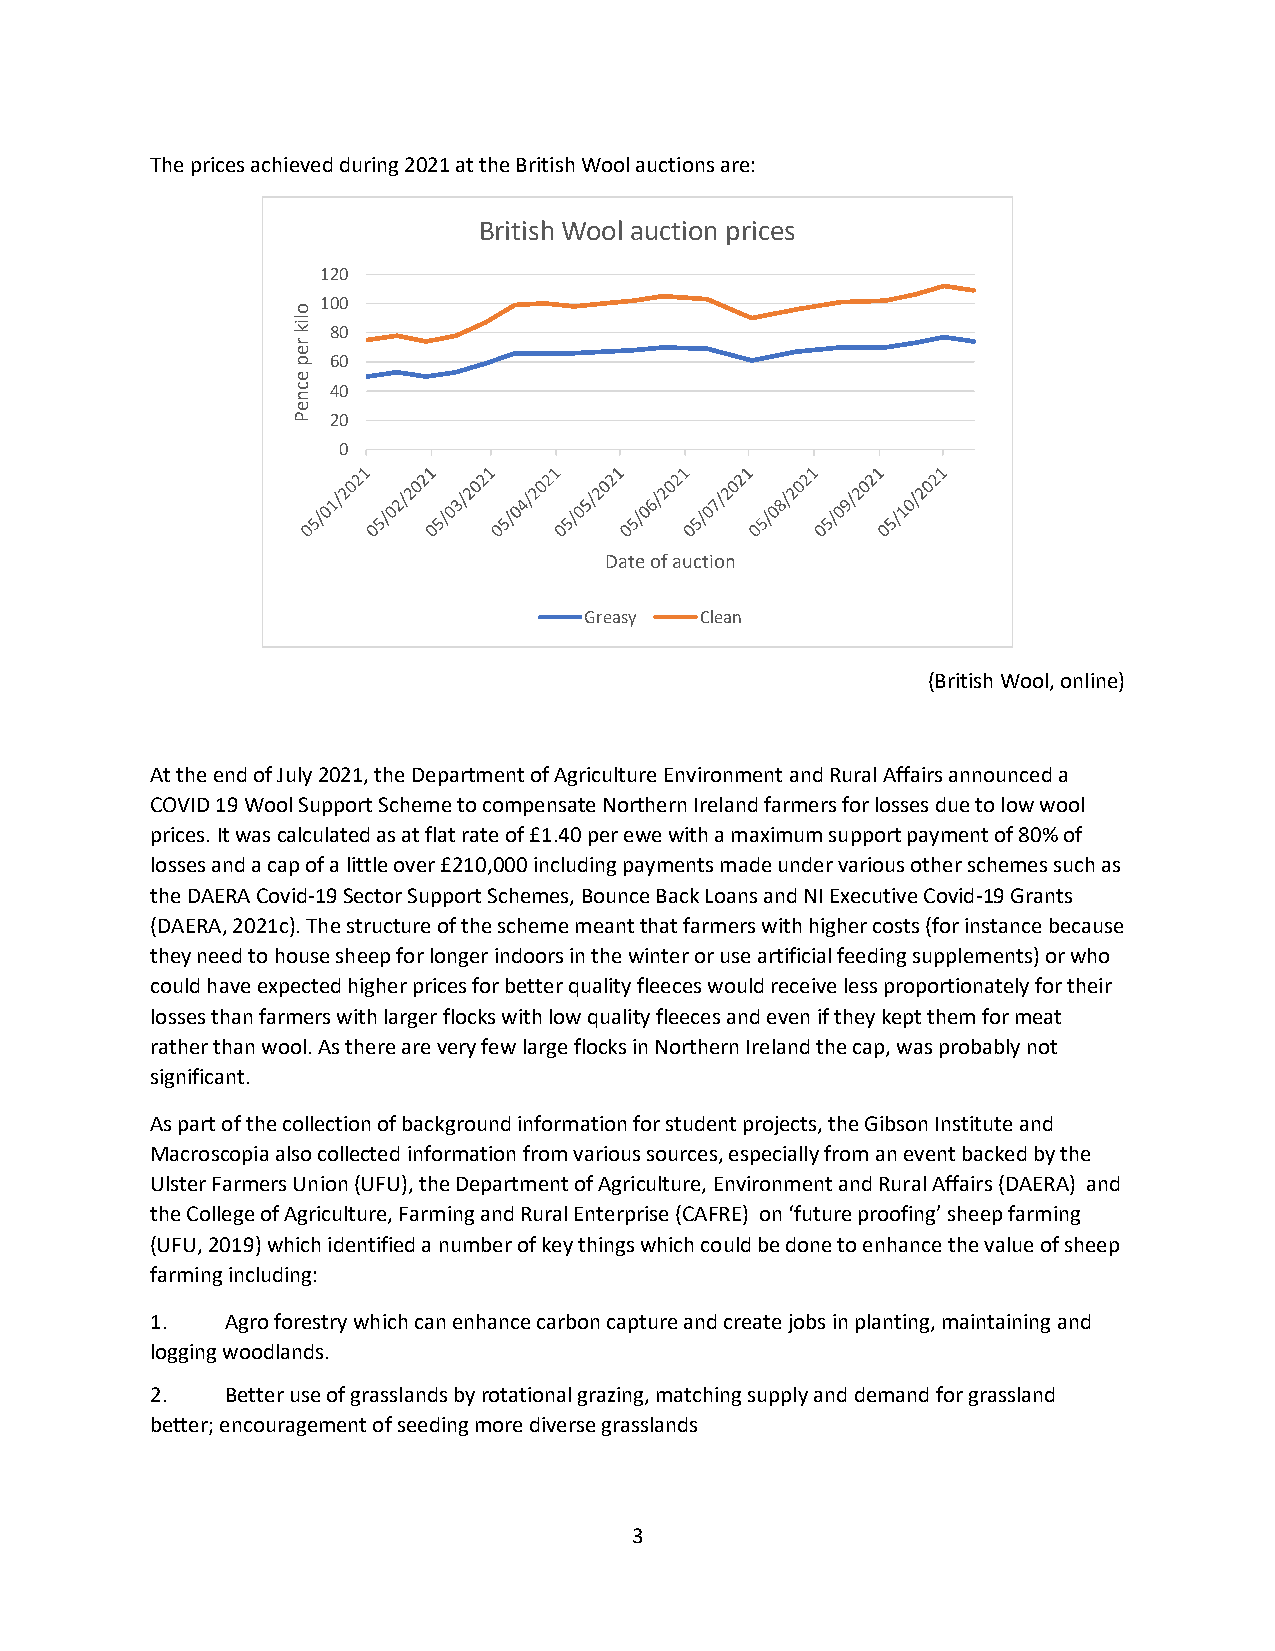
The prices achieved during 2021 at the British Wool auctions are:
 British Wool auction prices
 120
 100
 o
 lik
 80
 r
 e
 p  60
 e
 c  40
 n
 e
 P  20
 0
 Date of auction
 Greasy Clean
 (British Wool, online)
 At the end of July 2021, the Department of Agriculture Environment and Rural Affairs announced a
 COVID 19 Wool Support Scheme to compensate Northern Ireland farmers for losses due to low wool
 prices. It was calculated as at flat rate of £1.40 per ewe with a maximum support payment of 80% of
 losses and a cap of a little over £210,000 including payments made under various other schemes such as
 the DAERA Covid-19 Sector Support Schemes, Bounce Back Loans and NI Executive Covid-19 Grants
 (DAERA, 2021c). The structure of the scheme meant that farmers with higher costs (for instance because
 they need to house sheep for longer indoors in the winter or use artificial feeding supplements) or who
 could have expected higher prices for better quality fleeces would receive less proportionately for their
 losses than farmers with larger flocks with low quality fleeces and even if they kept them for meat
 rather than wool. As there are very few large flocks in Northern Ireland the cap, was probably not
 significant.
 As part of the collection of background information for student projects, the Gibson Institute and
 Macroscopia also collected information from various sources, especially from an event backed by the
 Ulster Farmers Union (UFU), the Department of Agriculture, Environment and Rural Affairs (DAERA) and
 the College of Agriculture, Farming and Rural Enterprise (CAFRE) on ‘future proofing’ sheep farming
 (UFU, 2019) which identified a number of key things which could be done to enhance the value of sheep
 farming including:
 1.   Agro forestry which can enhance carbon capture and create jobs in planting, maintaining and
 logging woodlands.
 2.   Better use of grasslands by rotational grazing, matching supply and demand for grassland
 better; encouragement of seeding more diverse grasslands
 3